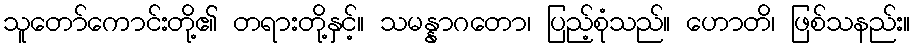
သူတော်ကောင်းတို့၏ တရားတို့နှင့်။ သမန္နာဂတော၊ ပြည့်စုံသည်။ ဟောတိ၊ ဖြစ်သနည်း။